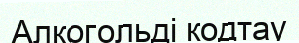
Алкогольді кодтау